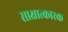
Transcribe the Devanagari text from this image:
साक्षात्कारक